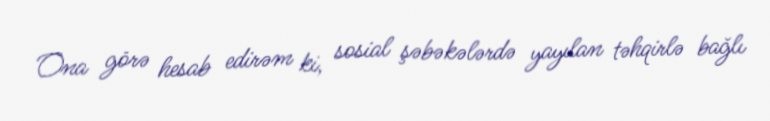
Ona görə hesab edirəm ki, sosial şəbəkələrdə yayılan təhqirlə bağlı